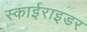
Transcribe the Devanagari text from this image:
स्काईराइडर